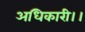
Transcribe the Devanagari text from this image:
अधिकारी।।